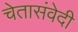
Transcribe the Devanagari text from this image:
चेतासंवेदी